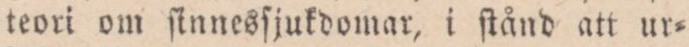
teori om ſinnesſjukdomar, i ſtånd att ur=